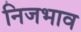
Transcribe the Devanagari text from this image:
निजभाव